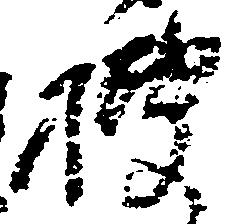
捜